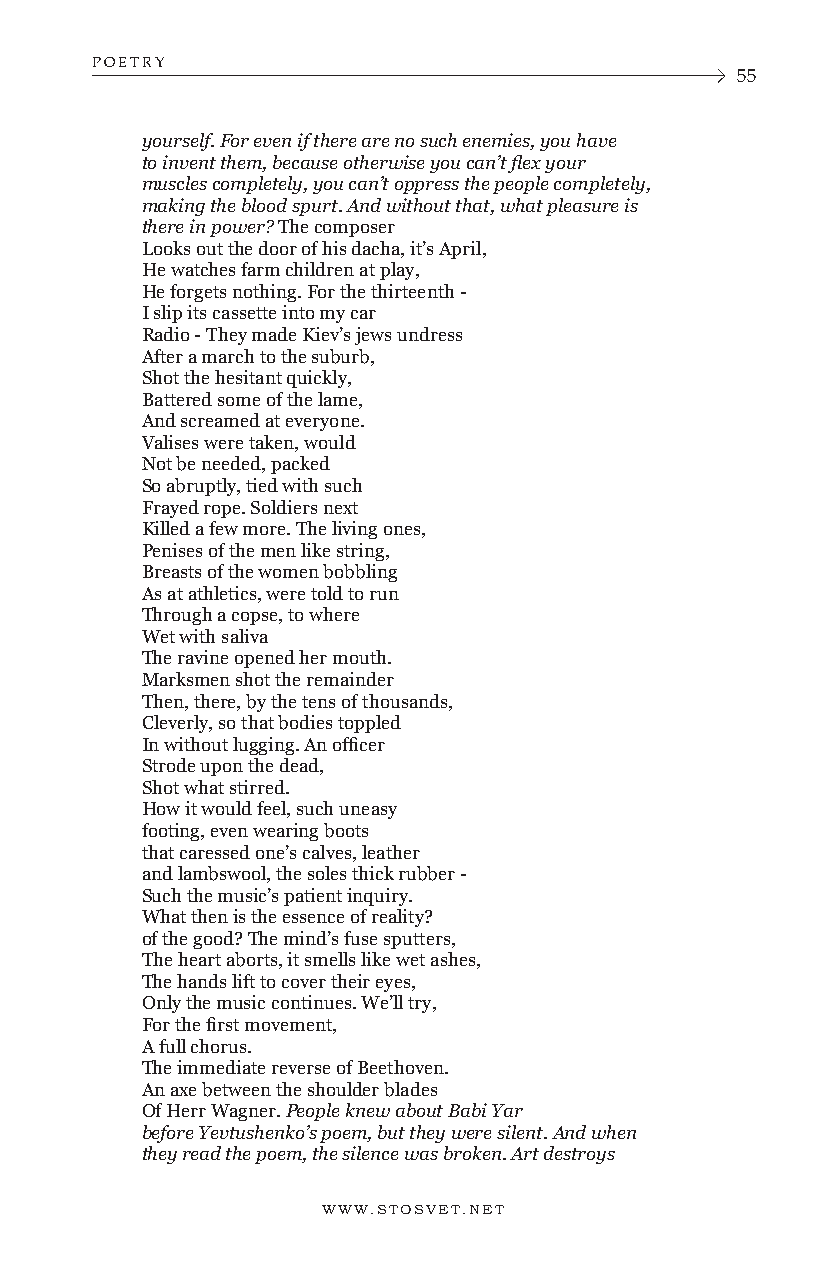
POETRY
 55
 yourself. For even if there are no such enemies, you have
 to invent them, because otherwise you can’t flex your
 muscles completely, you can’t oppress the people completely,
 making the blood spurt. And without that, what pleasure is
 there in power? The composer
 Looks out the door of his dacha, it’s April,
 He watches farm children at play,
 He forgets nothing. For the thirteenth -
 I slip its cassette into my car
 Radio - They made Kiev’s jews undress
 After a march to the suburb,
 Shot the hesitant quickly,
 Battered some of the lame,
 And screamed at everyone.
 Valises were taken, would
 Not be needed, packed
 So abruptly, tied with such
 Frayed rope. Soldiers next
 Killed a few more. The living ones,
 Penises of the men like string,
 Breasts of the women bobbling
 As at athletics, were told to run
 Through a copse, to where
 Wet with saliva
 The ravine opened her mouth.
 Marksmen shot the remainder
 Then, there, by the tens of thousands,
 Cleverly, so that bodies toppled
 In without lugging. An officer
 Strode upon the dead,
 Shot what stirred.
 How it would feel, such uneasy
 footing, even wearing boots
 that caressed one’s calves, leather
 and lambswool, the soles thick rubber -
 Such the music’s patient inquiry.
 What then is the essence of reality?
 of the good? The mind’s fuse sputters,
 The heart aborts, it smells like wet ashes,
 The hands lift to cover their eyes,
 Only the music continues. We’ll try,
 For the first movement,
 A full chorus.
 The immediate reverse of Beethoven.
 An axe between the shoulder blades
 Of Herr Wagner. People knew about Babi Yar
 before Yevtushenko’s poem, but they were silent. And when
 they read the poem, the silence was broken. Art destroys
 WWW.STOSVET.NET      WWW.STOSVET.NET